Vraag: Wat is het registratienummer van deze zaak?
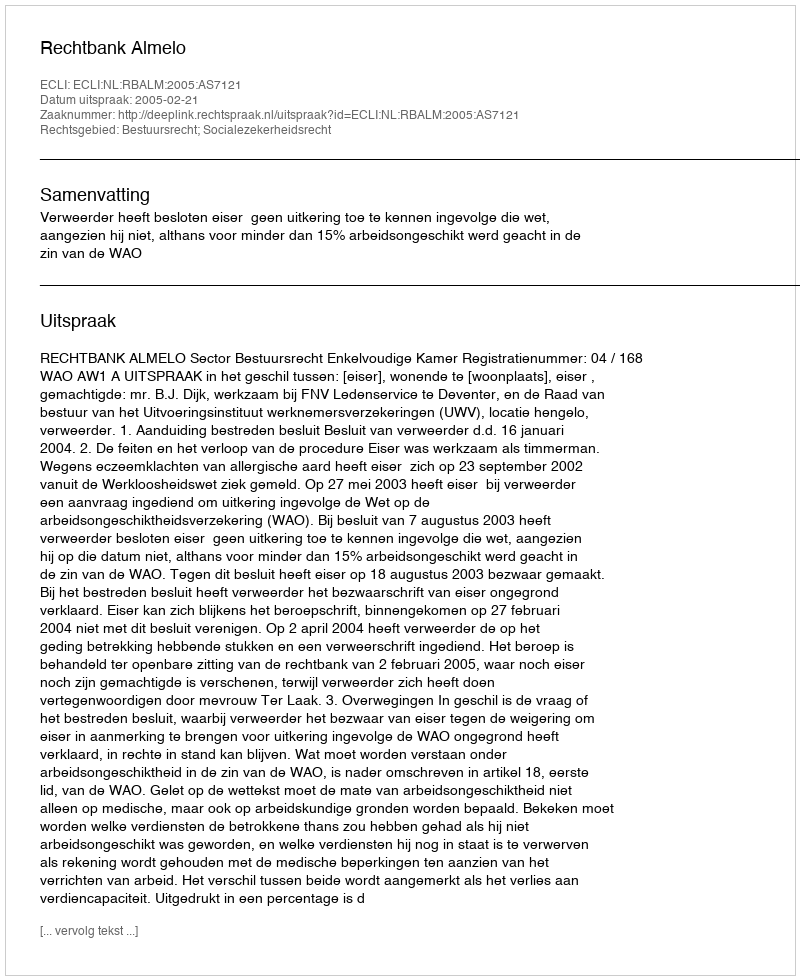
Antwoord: http://deeplink.rechtspraak.nl/uitspraak?id=ECLI:NL:RBALM:2005:AS7121